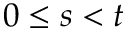
0 \leq s < t